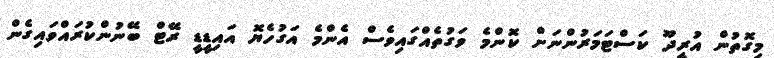
މިގޮތުން އުރީދޫ ކަސްޓަމަރުންނަށް ކޮންމެ ވަގުތެއްގައިވެސް އެންމެ އަގުހެޔޮ އައިޑީޑީ ރޭޓް ބޭނުންކުރައްވައިގެން